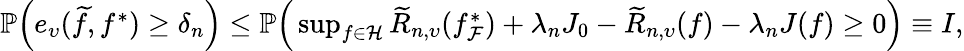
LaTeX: \begin{array}{r}{\mathbb{P}\Big(e_{\upsilon}(\widetilde{f},f^{*})\geq\delta_{n}\Big)\leq\mathbb{P}\Big(\operatorname*{sup}_{f\in\mathcal{H}}\widetilde{R}_{n,\upsilon}(f_{\mathcal{F}}^{*})+\lambda_{n}J_{0}-\widetilde{R}_{n,\upsilon}(f)-\lambda_{n}J(f)\geq 0\Big)\equiv I,}\end{array}